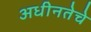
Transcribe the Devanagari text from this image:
अधीनतेचे